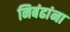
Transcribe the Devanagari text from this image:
निबंढांना